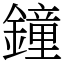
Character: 鐘